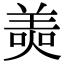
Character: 𦎙